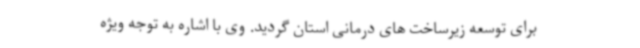
برای توسعه زیرساخت های درمانی استان گردید. وی با اشاره به توجه ویژه